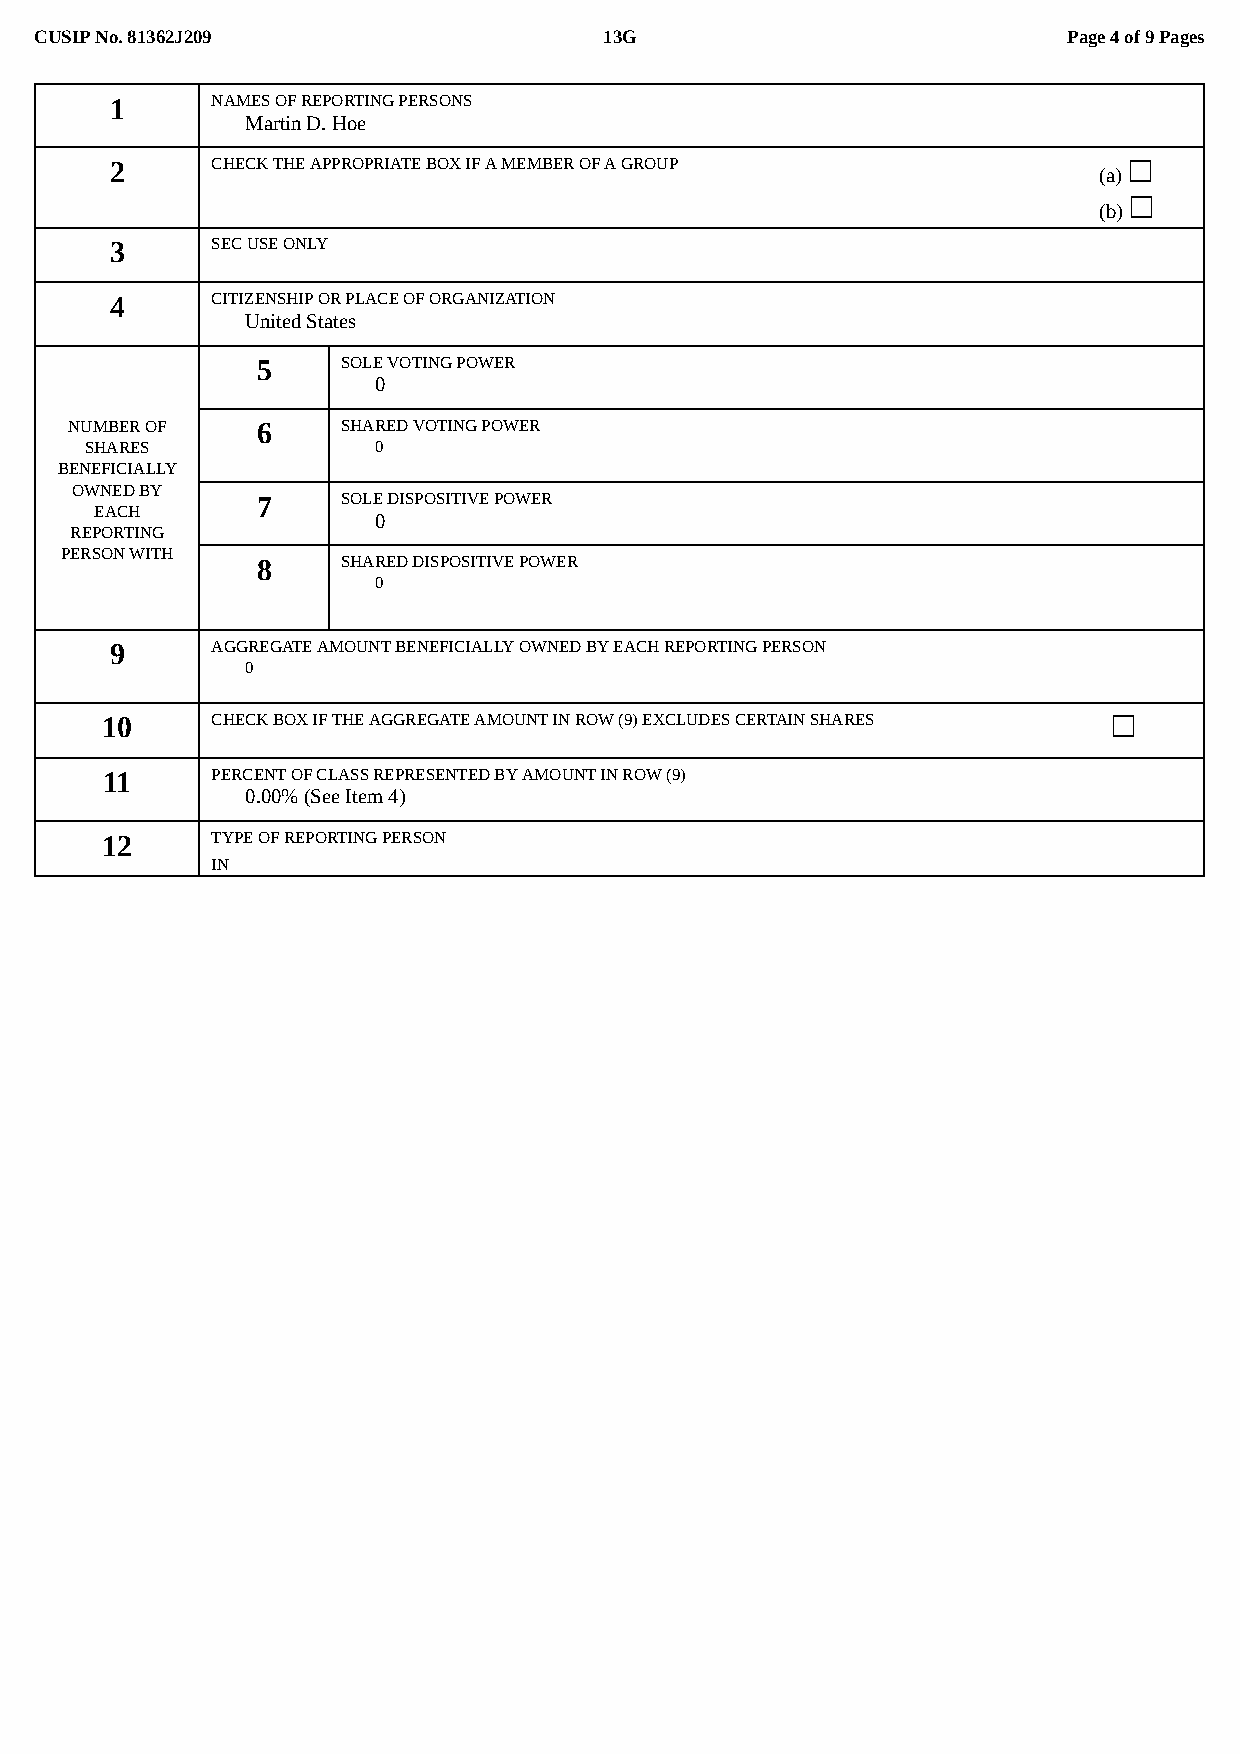
CUSIP No. 81362J209                   13G                            Page 4 of 9 Pages
 1      NAMES OF REPORTING PERSONS
 Martin D. Hoe
 2      CHECK THE APPROPRIATE BOX IF A MEMBER OF A GROUP             ☐
 (a)
 ☐
 (b)
 3      SEC USE ONLY
 4      CITIZENSHIP OR PLACE OF ORGANIZATION
 United States
 5     SOLE VOTING POWER
 0
 NUMBER OF   6     SHARED VOTING POWER
 SHARES             0
 BENEFICIALLY
 OWNED BY
 7     SOLE DISPOSITIVE POWER
 EACH
 0
 REPORTING
 PERSON WITH
 8     SHARED DISPOSITIVE POWER
 0
 9      AGGREGATE AMOUNT BENEFICIALLY OWNED BY EACH REPORTING PERSON
 0
 10     CHECK BOX IF THE AGGREGATE AMOUNT IN ROW (9) EXCLUDES CERTAIN SHARES ☐
 11     PERCENT OF CLASS REPRESENTED BY AMOUNT IN ROW (9)
 0.00% (See Item 4)
 12     TYPE OF REPORTING PERSON
 IN